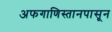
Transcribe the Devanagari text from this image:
अफगाणिस्तानपासून